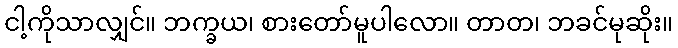
ငါ့ကိုသာလျှင်။ ဘက္ခယ၊ စားတော်မူပါလော။ တာတ၊ ဘခင်မုဆိုး။